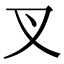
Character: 叉